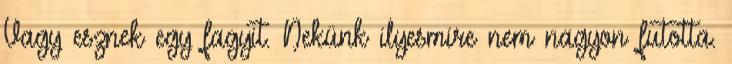
Vagy esznek egy fagyit. Nekünk ilyesmire nem nagyon futotta.